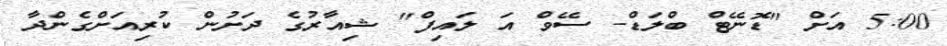
5:00 އަށް "ޑޮނޭޓް ބްލަޑް- ސޭވް އަ ލައިފް" ޝިއާރުގެ ދަށުން ކުރިއަށްގެންދާ